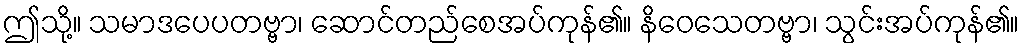
ဤသို့။ သမာဒပေပတဗ္ဗာ၊ ဆောင်တည်စေအပ်ကုန်၏။ နိဝေသေတဗ္ဗာ၊ သွင်းအပ်ကုန်၏။